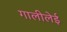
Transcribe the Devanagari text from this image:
गालीलेई